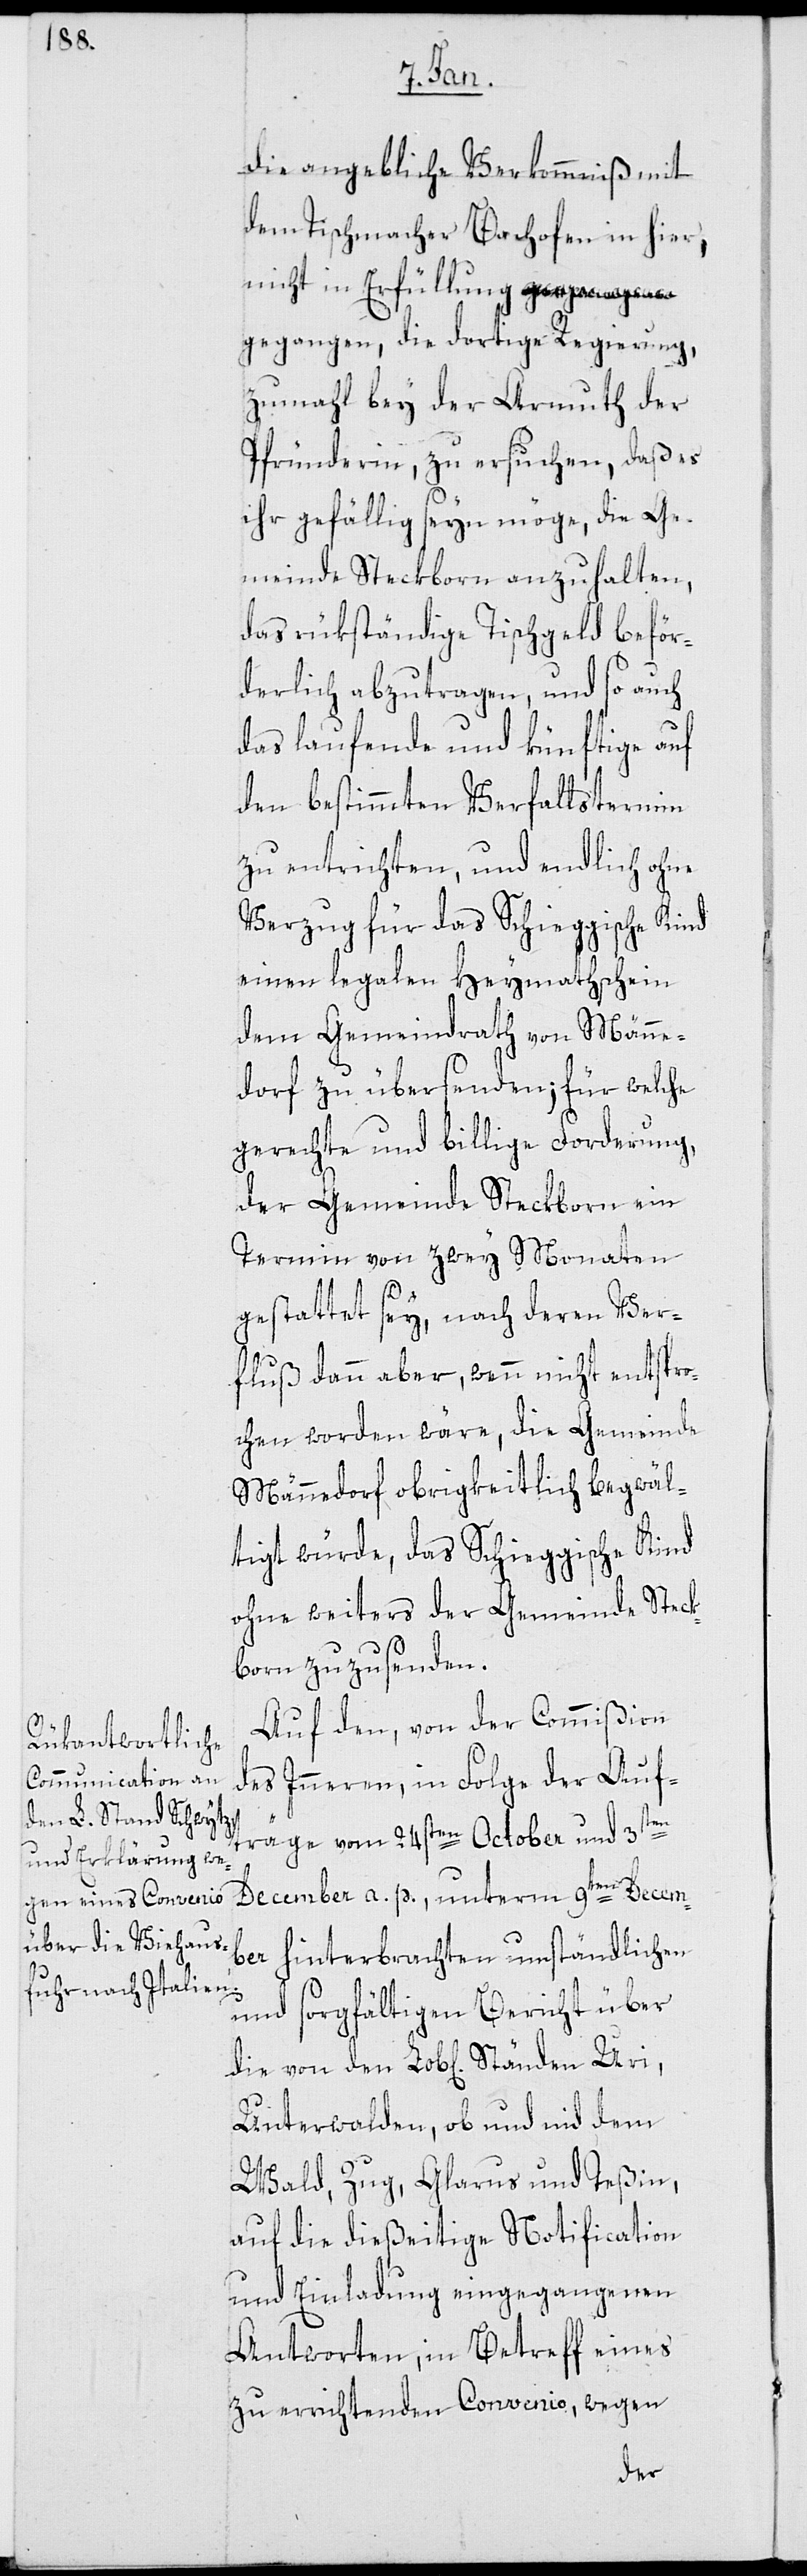
die angebliche Verkommnis mit
dem Tischmacher Bachofen in hier,
nicht in Erfüllung ge¬
gangen, die dortige Regierung,
zumahl bey der Armuth der
Pfründerin, zu ersuchen, daß es
ihr gefällig seyn möge, die Ge¬
meinde Steckborn anzuhalten,
das rükständige Tischgeld beför¬
derlich abzutragen, und so auch
das laufende und künftige auf
den bestimmten Verfallstermin
zu entrichten, und endlich ohne
Verzug für das Schieggische Kind
einen legalen Heymathschein
dem Gemeindrath von Männe¬
dorf zu übersenden; für welche
gerechte und billige Forderung,
der Gemeinde Steckborn ein
Termin von zwey Monaten
gestattet sey, nach deren Ver¬
fluß dann aber, wenn nicht entspro¬
chen worden wäre, die Gemeinde
Männedorf obrigkeitlich begwäl¬
tigt würde, das Schieggische Kind
ohne weiters der Gemeinde Steck¬
born zuzusenden.
Auf den, von der Commißion
des Inneren, in Folge der Auf¬
träge vom 24sten October und 3ten
December a. p., unterm 9ten Decem¬
ber hinterbrachten umständlichen
und sorgfältigen Bericht über
Unterwalden, ob und nid dem
Wald, Zug, Glarus und Teßin,
auf die dießeitige Notification
und Einladung eingegangenen
Antworten, in Betreff eines
zu errichtenden Convenio, wegen
den